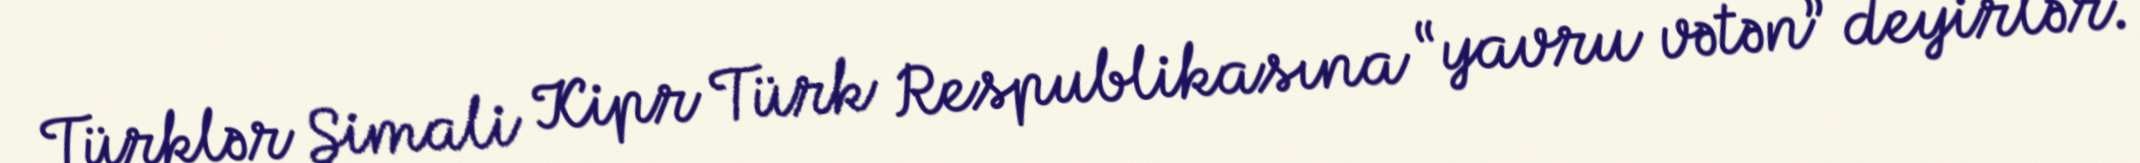
Türklər Şimali Kipr Türk Respublikasına “yavru vətən” deyirlər.